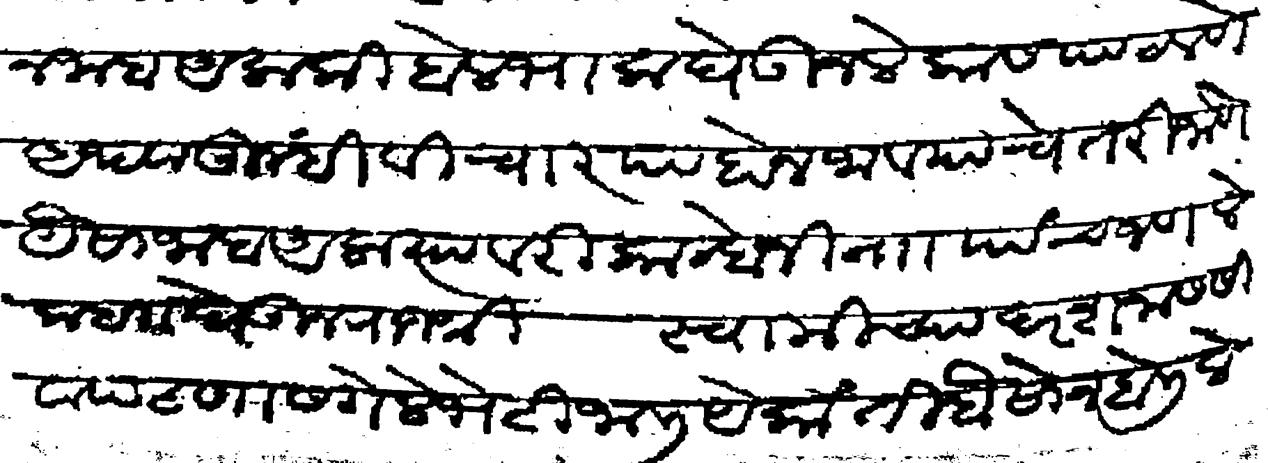
Transliteration (Devanagari): जाब आला की बेलभाक घेऊन लेकास पाठवणे अथवा तुम्ही विचार पाहोन जावयाचे तरी जाणे यैसा जाब आला त्यावरी कान्होजी नाा पाचजण लेक बाा घेऊन राजश्री स्वामीच्या दरशनास सीवापटणास गेले भेटी जाली येकांती बैसोन बोलिले